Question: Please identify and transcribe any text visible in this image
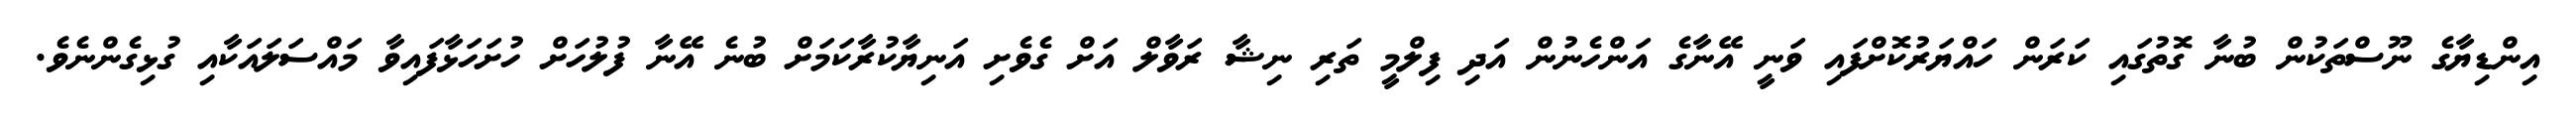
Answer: އިންޑިޔާގެ ނޫސްތަކުން ބުނާ ގޮތުގައި ކަރަން ހައްޔަރުކޮށްފައި ވަނީ އޭނާގެ އަންހެނުން އަދި ފިލްމީ ތަރި ނިޝާ ރަވާލް އަށް ގެވެށި އަނިޔާކުރާކަމަށް ބުނެ އޭނާ ފުލުހަށް ހުށަހަޅާފައިވާ މައްސަލައަކާއި ގުޅިގެންނެވެ.